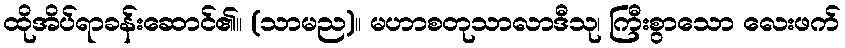
ထိုအိပ်ရာခန်းဆောင်၏။ (သာမည)။ မဟာစတုသာလာဒီသု၊ ကြီးစွာသော လေးဖက်